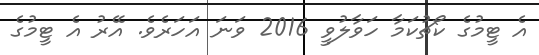
އެ ޓީމުގެ ކޯޗުކަމާ ހަވާލުވީ 2016 ވަނަ އަހަރެވެ. އޭރު އެ ޓީމުގެ